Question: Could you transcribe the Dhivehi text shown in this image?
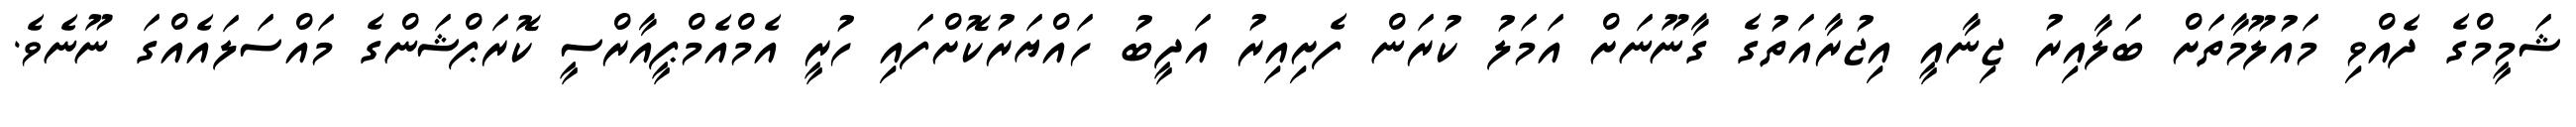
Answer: ޝަމީމްގެ ދެއްވި މައުލޫމާތަށް ބަލާއިރު ޖިނާއީ އިޖުރާއަތުގެ ގާނޫނަށް އަމަލު ކުރަން ފެށިއިރު އަދީބު ހައްޔަރުކޮށްފައި ހުރީ އެމްއެމްޕީއާރްސީ ކޮރަޕްޝަންގެ މައްސަލައެއްގަ ނޫނެވެ.